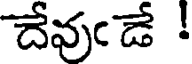
దేవుఁడే !